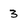
Character: 3